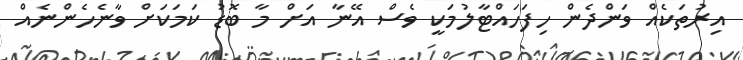
އިރުތަކެއް ވަންދެން ހިފަހައްޓާލުމަކީ ވެސް އޭނާ އަށް މާ ބޮޑު ކަމަކަށް ވާނެހެންނެއް